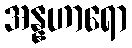
အန္နဟာရော